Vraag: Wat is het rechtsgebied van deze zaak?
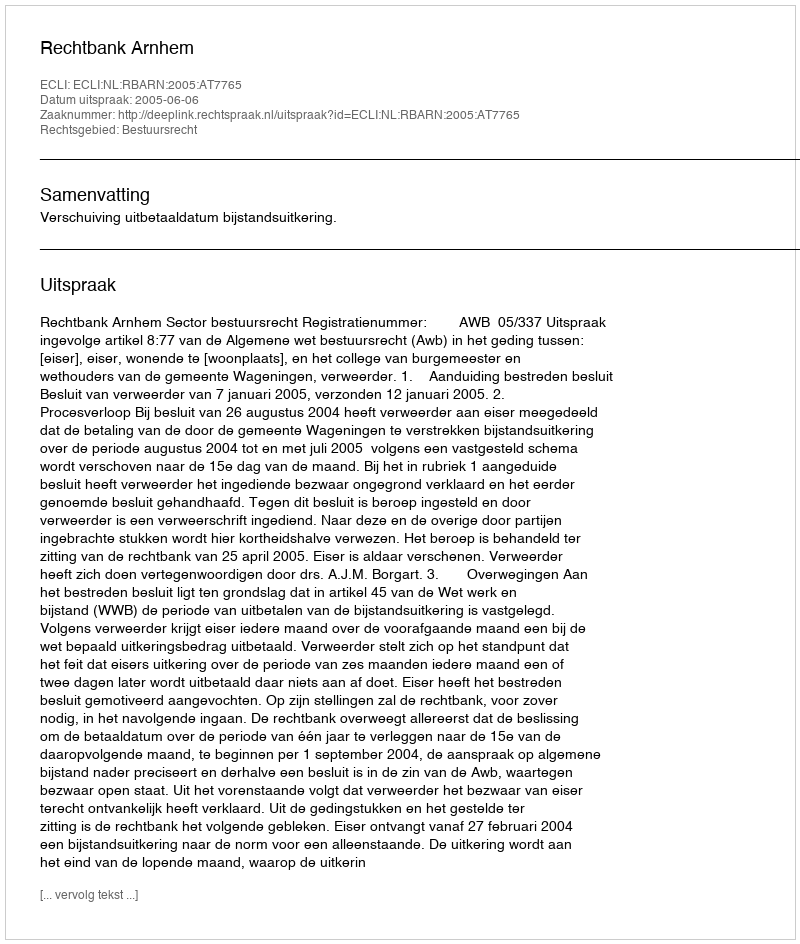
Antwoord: Bestuursrecht